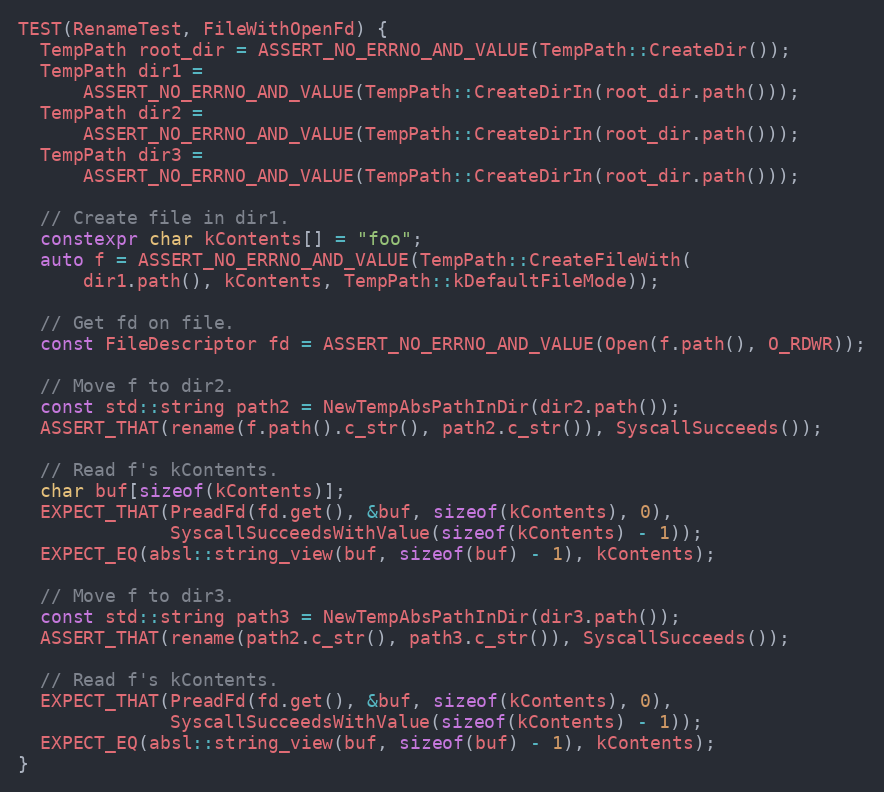
Language: C++
TEST(RenameTest, FileWithOpenFd) {
  TempPath root_dir = ASSERT_NO_ERRNO_AND_VALUE(TempPath::CreateDir());
  TempPath dir1 =
      ASSERT_NO_ERRNO_AND_VALUE(TempPath::CreateDirIn(root_dir.path()));
  TempPath dir2 =
      ASSERT_NO_ERRNO_AND_VALUE(TempPath::CreateDirIn(root_dir.path()));
  TempPath dir3 =
      ASSERT_NO_ERRNO_AND_VALUE(TempPath::CreateDirIn(root_dir.path()));

  // Create file in dir1.
  constexpr char kContents[] = "foo";
  auto f = ASSERT_NO_ERRNO_AND_VALUE(TempPath::CreateFileWith(
      dir1.path(), kContents, TempPath::kDefaultFileMode));

  // Get fd on file.
  const FileDescriptor fd = ASSERT_NO_ERRNO_AND_VALUE(Open(f.path(), O_RDWR));

  // Move f to dir2.
  const std::string path2 = NewTempAbsPathInDir(dir2.path());
  ASSERT_THAT(rename(f.path().c_str(), path2.c_str()), SyscallSucceeds());

  // Read f's kContents.
  char buf[sizeof(kContents)];
  EXPECT_THAT(PreadFd(fd.get(), &buf, sizeof(kContents), 0),
              SyscallSucceedsWithValue(sizeof(kContents) - 1));
  EXPECT_EQ(absl::string_view(buf, sizeof(buf) - 1), kContents);

  // Move f to dir3.
  const std::string path3 = NewTempAbsPathInDir(dir3.path());
  ASSERT_THAT(rename(path2.c_str(), path3.c_str()), SyscallSucceeds());

  // Read f's kContents.
  EXPECT_THAT(PreadFd(fd.get(), &buf, sizeof(kContents), 0),
              SyscallSucceedsWithValue(sizeof(kContents) - 1));
  EXPECT_EQ(absl::string_view(buf, sizeof(buf) - 1), kContents);
}